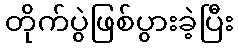
တိုက်ပွဲဖြစ်ပွားခဲ့ပြီး